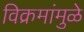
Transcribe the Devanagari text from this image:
विक्रमांमुळे